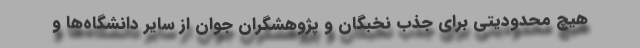
هیچ محدودیتی برای جذب نخبگان و پژوهشگران جوان از سایر دانشگاه‌ها و